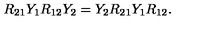
R _ { 2 1 } Y _ { 1 } R _ { 1 2 } Y _ { 2 } = Y _ { 2 } R _ { 2 1 } Y _ { 1 } R _ { 1 2 } .